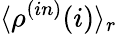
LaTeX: \langle\rho^{(in)}(i)\rangle_{r}